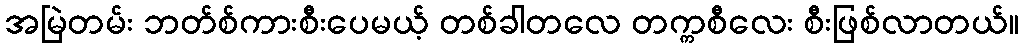
အမြဲတမ်း ဘတ်စ်ကားစီးပေမယ့် တစ်ခါတလေ တက္ကစီလေး စီးဖြစ်လာတယ်။